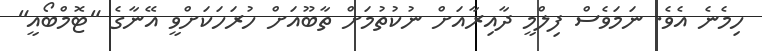
ހިމެނެ އެވެ. ނަމަވެސް ފިލްމީ ދާއިރާއަށް ނުކުތުމަށް ތާބޫއަށް ހުރަހަކަށްވީ އޭނާގެ "ޓޮމްބޯއީ"